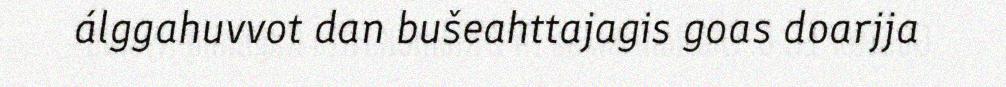
álggahuvvot dan bušeahttajagis goas doarjja